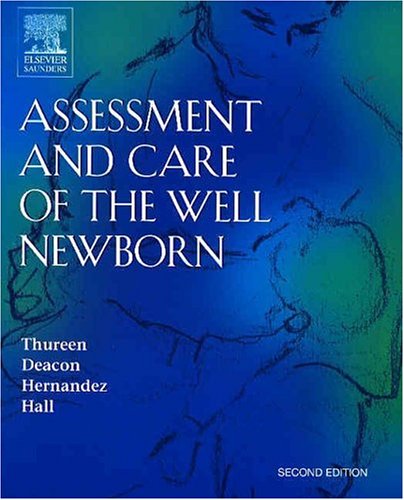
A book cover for Assessment and Care of the Well Newborn, 2e; Patti Thureen; Medical Books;